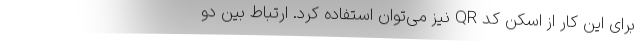
برای این کار از اسکن کد QR نیز می‌توان استفاده کرد. ارتباط بین دو